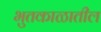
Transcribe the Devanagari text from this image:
भुतकाळातील